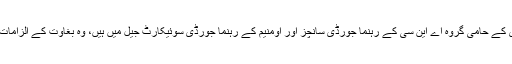
اکتوبر 2017 سے کیٹلونیا کی آزادی کے حامی گروہ اے این سی کے رہنما جورڈی سانچز اور اومنیم کے رہنما جورڈی سوئیکارٹ جیل میں ہیں، وہ بغاوت کے الزامات پر مقدمہ چلنے کے انتظار میں ہیں۔